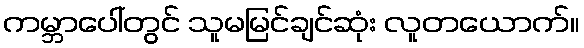
ကမ္ဘာပေါ်တွင် သူမမြင်ချင်ဆုံး လူတယောက်။